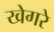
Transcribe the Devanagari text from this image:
खेगरे